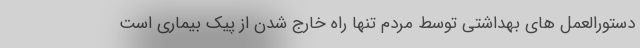
دستورالعمل های بهداشتی توسط مردم تنها راه خارج شدن از پیک بیماری است